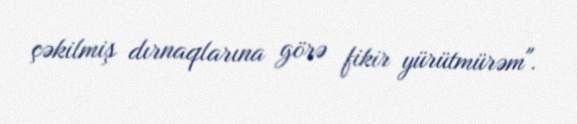
çəkilmiş dırnaqlarına görə fikir yürütmürəm".